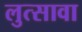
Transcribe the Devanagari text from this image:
लुत्सावा